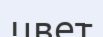
цвет